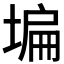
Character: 𡎚